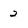
Character: 2